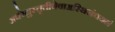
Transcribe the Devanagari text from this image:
अपरेद्युस्तृतीयेवाअस्थिसंचयनं